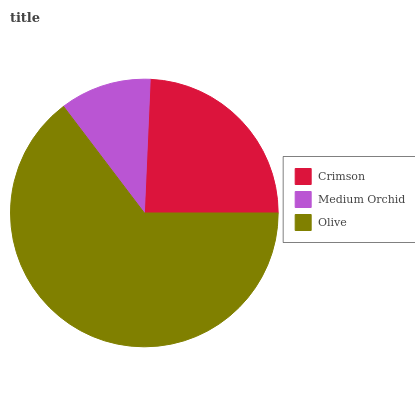
| Crimson | Medium Orchid | Olive |
 | --- | --- | --- |
 | 24.4% | 11% | 64.6% |